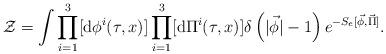
LaTeX: \begin{align*}{\cal Z} = \int \prod_{i=1}^3 [{\rm d}{\phi}^i(\tau,x)]\prod_{i=1}^3[{\rm d}{\Pi}^i(\tau,x)]\delta\left(|\vec{\phi}|-1\right)e^{-S_e[\vec{\phi},\vec{\Pi}]}.\end{align*}